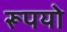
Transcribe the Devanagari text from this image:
रूपयो